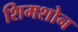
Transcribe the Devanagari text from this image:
शिमशोन